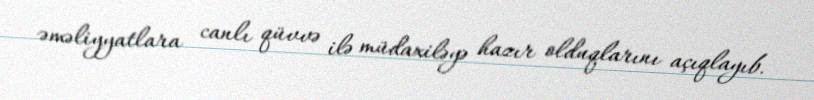
əməliyyatlara canlı qüvvə ilə müdaxiləyə hazır olduqlarını açıqlayıb.